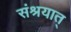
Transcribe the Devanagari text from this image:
संश्रयात्